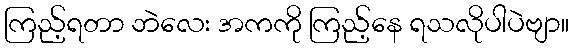
ကြည့်ရတာ ဘဲလေး အကကို ကြည့်နေ ရသလိုပါပဲဗျာ။